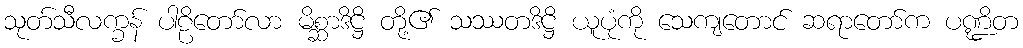
သုတ်သီလက္ခန် ပါဠိတော်လာ မိစ္ဆာဒိဋ္ဌိ တို့၏ သဿတဒိဋ္ဌိ ယူပုံကို သေကျတောင် ဆရာတော်က ပဏ္ဍိတ